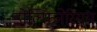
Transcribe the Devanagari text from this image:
डोल्फिनेरियम